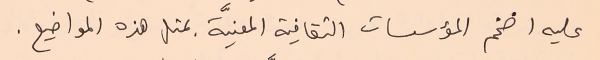
عليه اضخم المؤسسات الثقافية المعنيَّة بمثل هذه المواضيع.